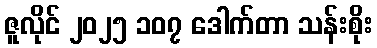
ဇူလိုင် ၂၀၂၅ ၁၀၇ ဒေါက်တာ သန်းစိုး